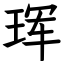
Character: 珲